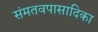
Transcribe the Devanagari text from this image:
संमतवपासादिका